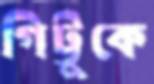
গিট্টুকে